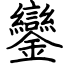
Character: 鑾